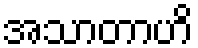
အသာတာဟိ